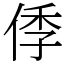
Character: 㑧